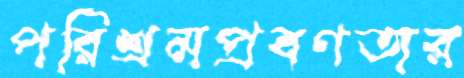
পরিশ্রমপ্রবণতার